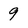
Character: 9